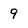
Character: 9